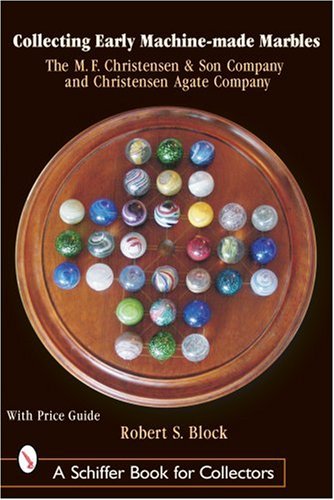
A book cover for Collecting Early Machine-Made Marbles: The M. F. Christensen & Son Company and Christensen Agate Company; Robert S. Block; Crafts, Hobbies & Home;